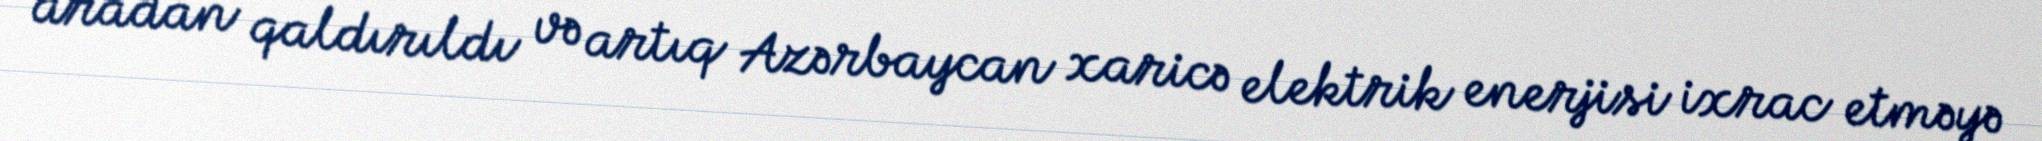
aradan qaldırıldı və artıq Azərbaycan xaricə elektrik enerjisi ixrac etməyə